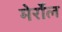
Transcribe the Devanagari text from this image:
मेर्रोल